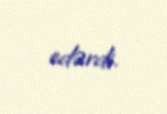
edərdi.